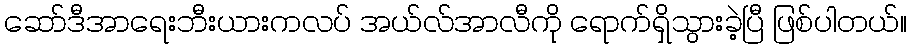
ဆော်ဒီအာရေးဘီးယားကလပ် အယ်လ်အာလီကို ရောက်ရှိသွားခဲ့ပြီ ဖြစ်ပါတယ်။